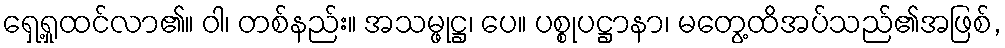
ရှေ့ရှုထင်လာ၏။ ဝါ၊ တစ်နည်း။ အသမ္ဖုဋ္ဌ၊ ပေ။ ပစ္စုပဋ္ဌာနာ၊ မတွေ့ထိအပ်သည်၏အဖြစ်,